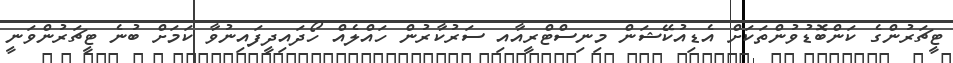
ޓީޗަރުންގެ ކަންބޮޑުވުންތަކަށް އެޑިއުކޭޝަން މިނިސްޓްރީއާއި ސަރުކާރުން ހައްލެއް ހޯދައިދީފައިނުވާ ކަމަށް ބުނެ ޓީޗަރުންވަނީ